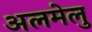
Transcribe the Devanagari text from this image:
अलमेलु